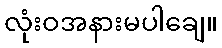
လုံးဝအနားမပါချေ။